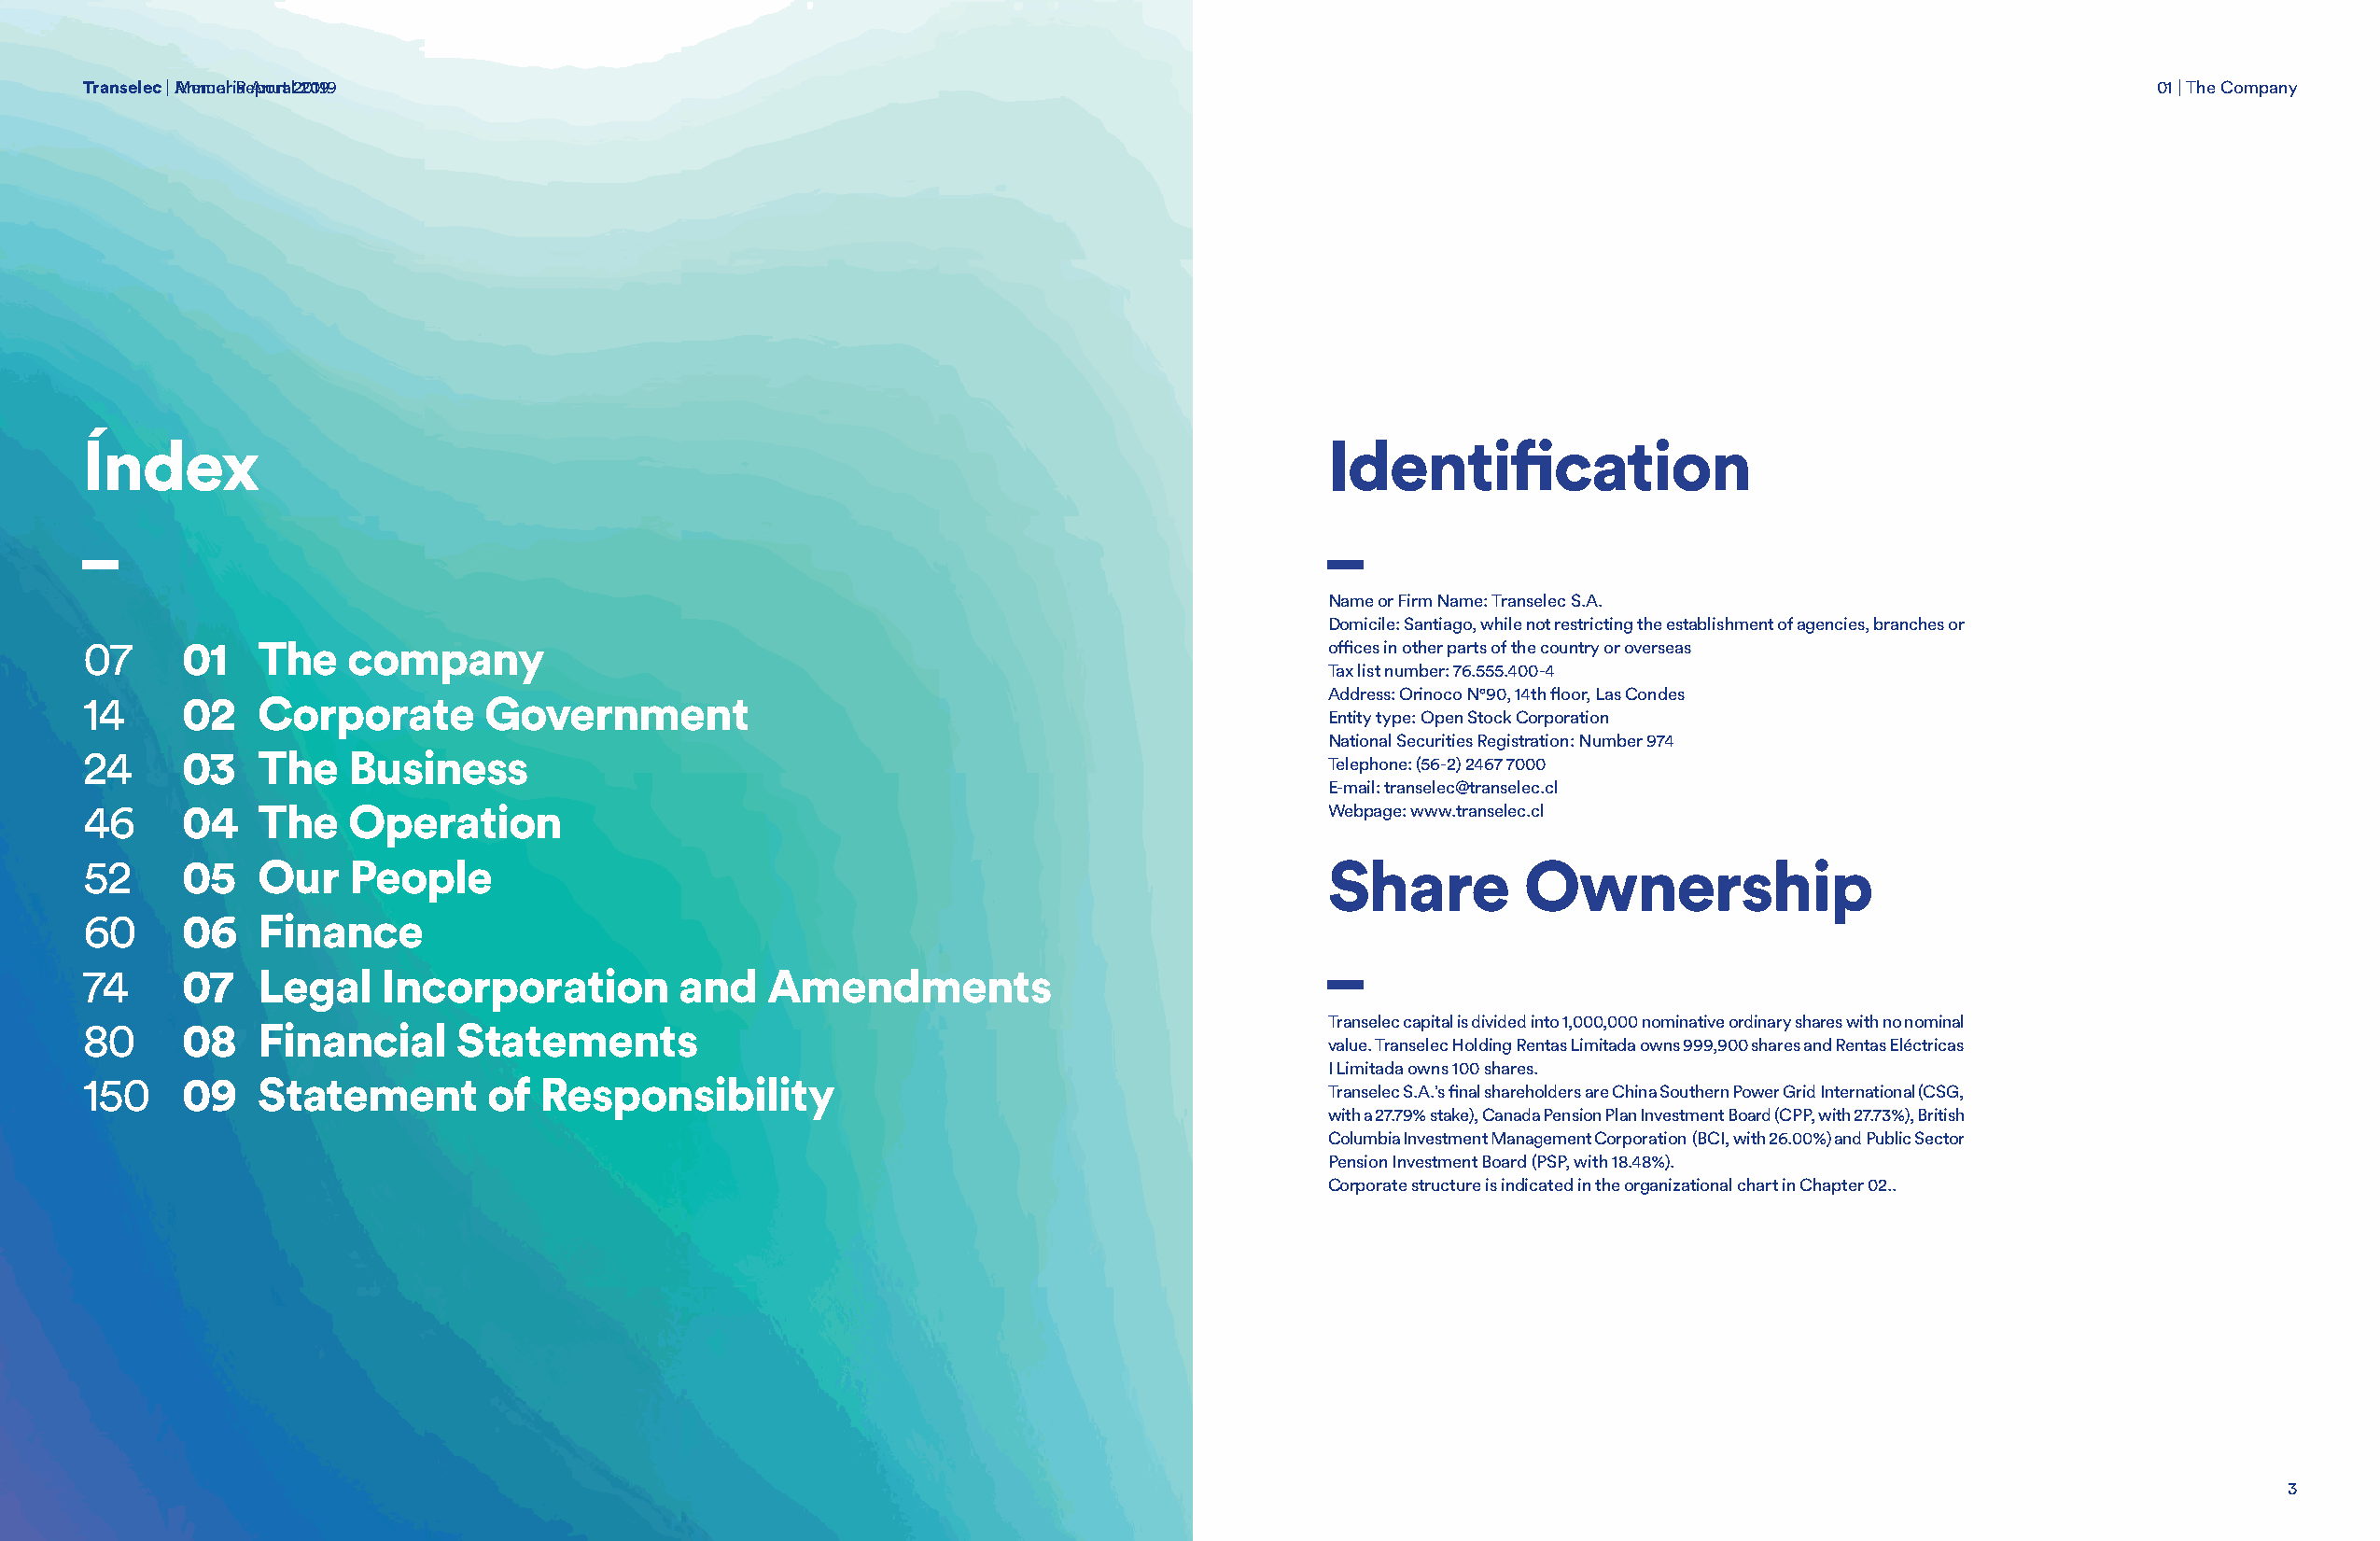
TTrraannsseelleecc || AMnenmuoalr iRae Apnourta l2 2001919                                                                                         01 | The Company
 Índex                                                                                   Identification
 _                                                                                       _
 Name or Firm Name: Transelec S.A.
 Domicile: Santiago, while not restricting the establishment of agencies, branches or
 07     01   The    company                                                              offices in other parts of the country or overseas
 Tax list number: 76.555.400-4
 Address: Orinoco N°90, 14th floor, Las Condes
 14     02   Corporate       Government
 Entity type: Open Stock Corporation
 National Securities Registration: Number 974
 24     03   The    Business
 Telephone: (56-2) 2467 7000
 E-mail: transelec@transelec.cl
 46     04   The    Operation                                                            Webpage: www.transelec.cl
 52     05   Our    People                                                               Share         Ownership
 60     06   Finance
 _
 74     07   Legal    Incorporation        and   Amendments
 Transelec capital is divided into 1,000,000 nominative ordinary shares with no nominal
 80     08   Financial     Statements
 value. Transelec Holding Rentas Limitada owns 999,900 shares and Rentas Eléctricas
 I Limitada owns 100 shares.
 150    09   Statement        of Responsibility
 Transelec S.A.’s final shareholders are China Southern Power Grid International (CSG,
 with a 27.79% stake), Canada Pension Plan Investment Board (CPP, with 27.73%), British
 Columbia Investment Management Corporation (BCI, with 26.00%) and Public Sector
 Pension Investment Board (PSP, with 18.48%).
 Corporate structure is indicated in the organizational chart in Chapter 02..
 3